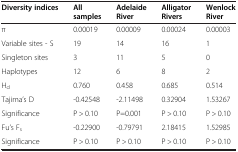
| Diversity indices | All samples | Adelaide River | Alligator Rivers | Wenlock River |
 | --- | --- | --- | --- | --- |
 | π | 0.00019 | 0.00009 | 0.00024 | 0.00003 |
 | Variable sites - S | 19 | 14 | 16 | 1 |
 | Singleton sites | 3 | 11 | 5 | 0 |
 | Haplotypes | 12 | 6 | 8 | 2 |
 | Hd | 0.760 | 0.458 | 0.685 | 0.514 |
 | Tajima’s D | -0.42548 | -2.11498 | 0.32904 | 1.53267 |
 | Significance | P > 0.10 | P=0.001 | P > 0.10 | P > 0.10 |
 | Fu’s Fs | -0.22900 | -0.79791 | 2.18415 | 1.52985 |
 | Significance | P > 0.10 | P > 0.10 | P > 0.10 | P > 0.10 |